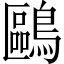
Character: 鷗